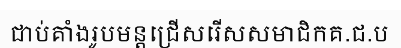
ជាប់គាំងរូបមន្តជ្រើសរើសសមាជិកគ.ជ.ប